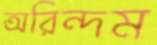
অরিন্দম